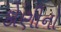
કોણીનો